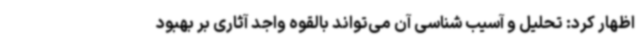
اظهار کرد: تحلیل و آسیب شناسی آن می‌تواند بالقوه واجد آثاری بر بهبود